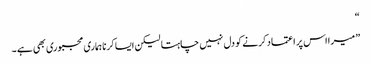
“
” میرا اس پر اعتماد کرنے کو دل نہیں چاہتا لیکن ایسا کرنا ہماری مجبوری بھی ہے ۔